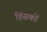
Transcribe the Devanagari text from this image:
हिंसकों